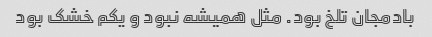
بادمجان تلخ بود. مثل همیشه نبود و یکم خشک بود